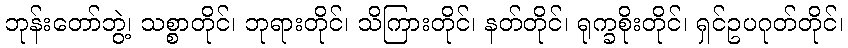
ဘုန်းတော်ဘွဲ့၊ သစ္စာတိုင်၊ ဘုရားတိုင်၊ သိကြားတိုင်၊ နတ်တိုင်၊ ရုက္ခစိုးတိုင်၊ ရှင်ဥပဂုတ်တိုင်၊